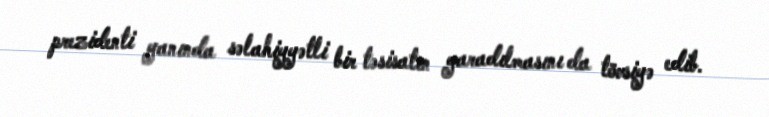
prezidenti yanında səlahiyyətli bir təsisatın yaradılmasını da tövsiyə edib.